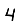
Digit: 4